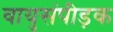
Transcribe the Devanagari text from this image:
वायुसंपीड़क